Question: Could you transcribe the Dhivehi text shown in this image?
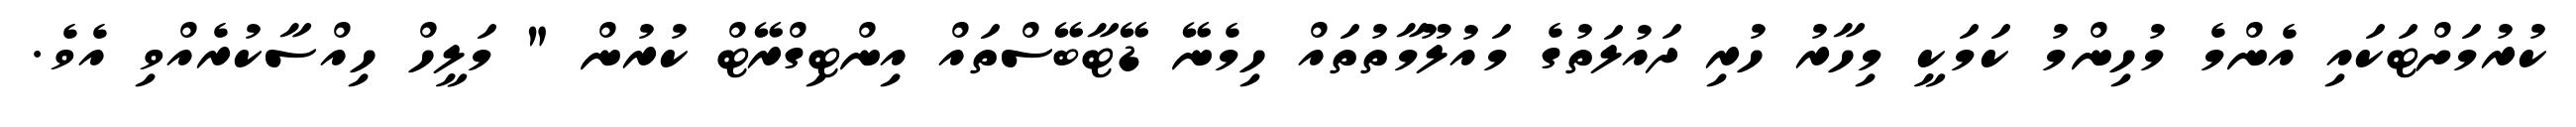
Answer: ކުރުމަށްޓަކައި އެންމެ މުހިންމު ކަމަކީ މިހާރު ހުރި ދައުލަތުގެ މައުލޫމާތުތައް ހިމެނޭ ޑޭޓާބޭސްތައް އިންޓިގްރޭޓް ކުރުން " މަލީހް ހިއްސާކުރެއްވި އެވެ.